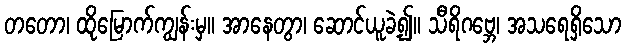
တတော၊ ထိုမြောက်ကျွန်းမှ။ အာနေတွာ၊ ဆောင်ယူခဲ့၍။ သီရိဂဗ္ဘေ၊ အသရေရှိသော